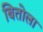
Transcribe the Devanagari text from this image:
बितोला